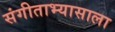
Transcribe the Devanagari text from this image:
संगीताभ्यासाला